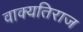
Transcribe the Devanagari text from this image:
वाक्यतिराज